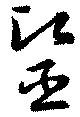
毉